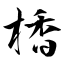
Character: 楿